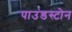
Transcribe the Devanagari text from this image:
पाउंडस्टोन